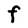
Character: F